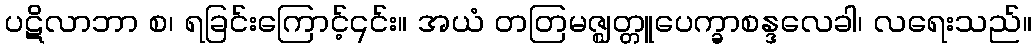
ပဋိလာဘာ စ၊ ရခြင်းကြောင့်၎င်း။ အယံ တတြမဇ္ဈတ္တူပေက္ခာစန္ဒလေခါ၊ လရေးသည်။